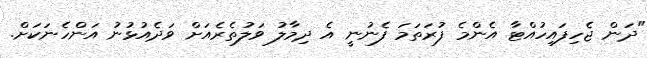
"ދަން ޖެހިފައިހުއްޓާ އެންމެ ފުރަތަމަ ފެނުނީ އެ ދިމާލު ވަލުތެރެއަށް ވަދެއުޅުނު އަންހެނަކަށް.